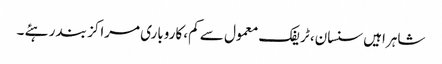
شاہراہیں سنسان، ٹریفک معمول سے کم، کاروباری مراکز بند رہئے ۔